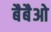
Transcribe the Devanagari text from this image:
बैबैओ